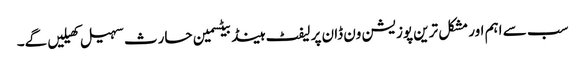
سب سے اہم اور مشکل ترین پوزیشن ون ڈان پر لیفٹ ہینڈ بیٹسمین حارث سہیل کھیلیں گے۔